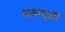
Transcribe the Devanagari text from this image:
अलप्पुज़ा